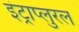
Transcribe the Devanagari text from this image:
इंट्राप्लुरल